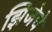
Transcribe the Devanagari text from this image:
झिजेचे